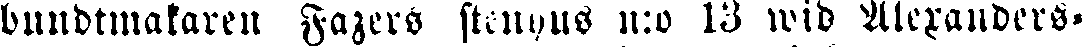
bundtmakaren Fazers stenhus n:o 13 wid Alexanders-